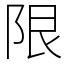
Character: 限